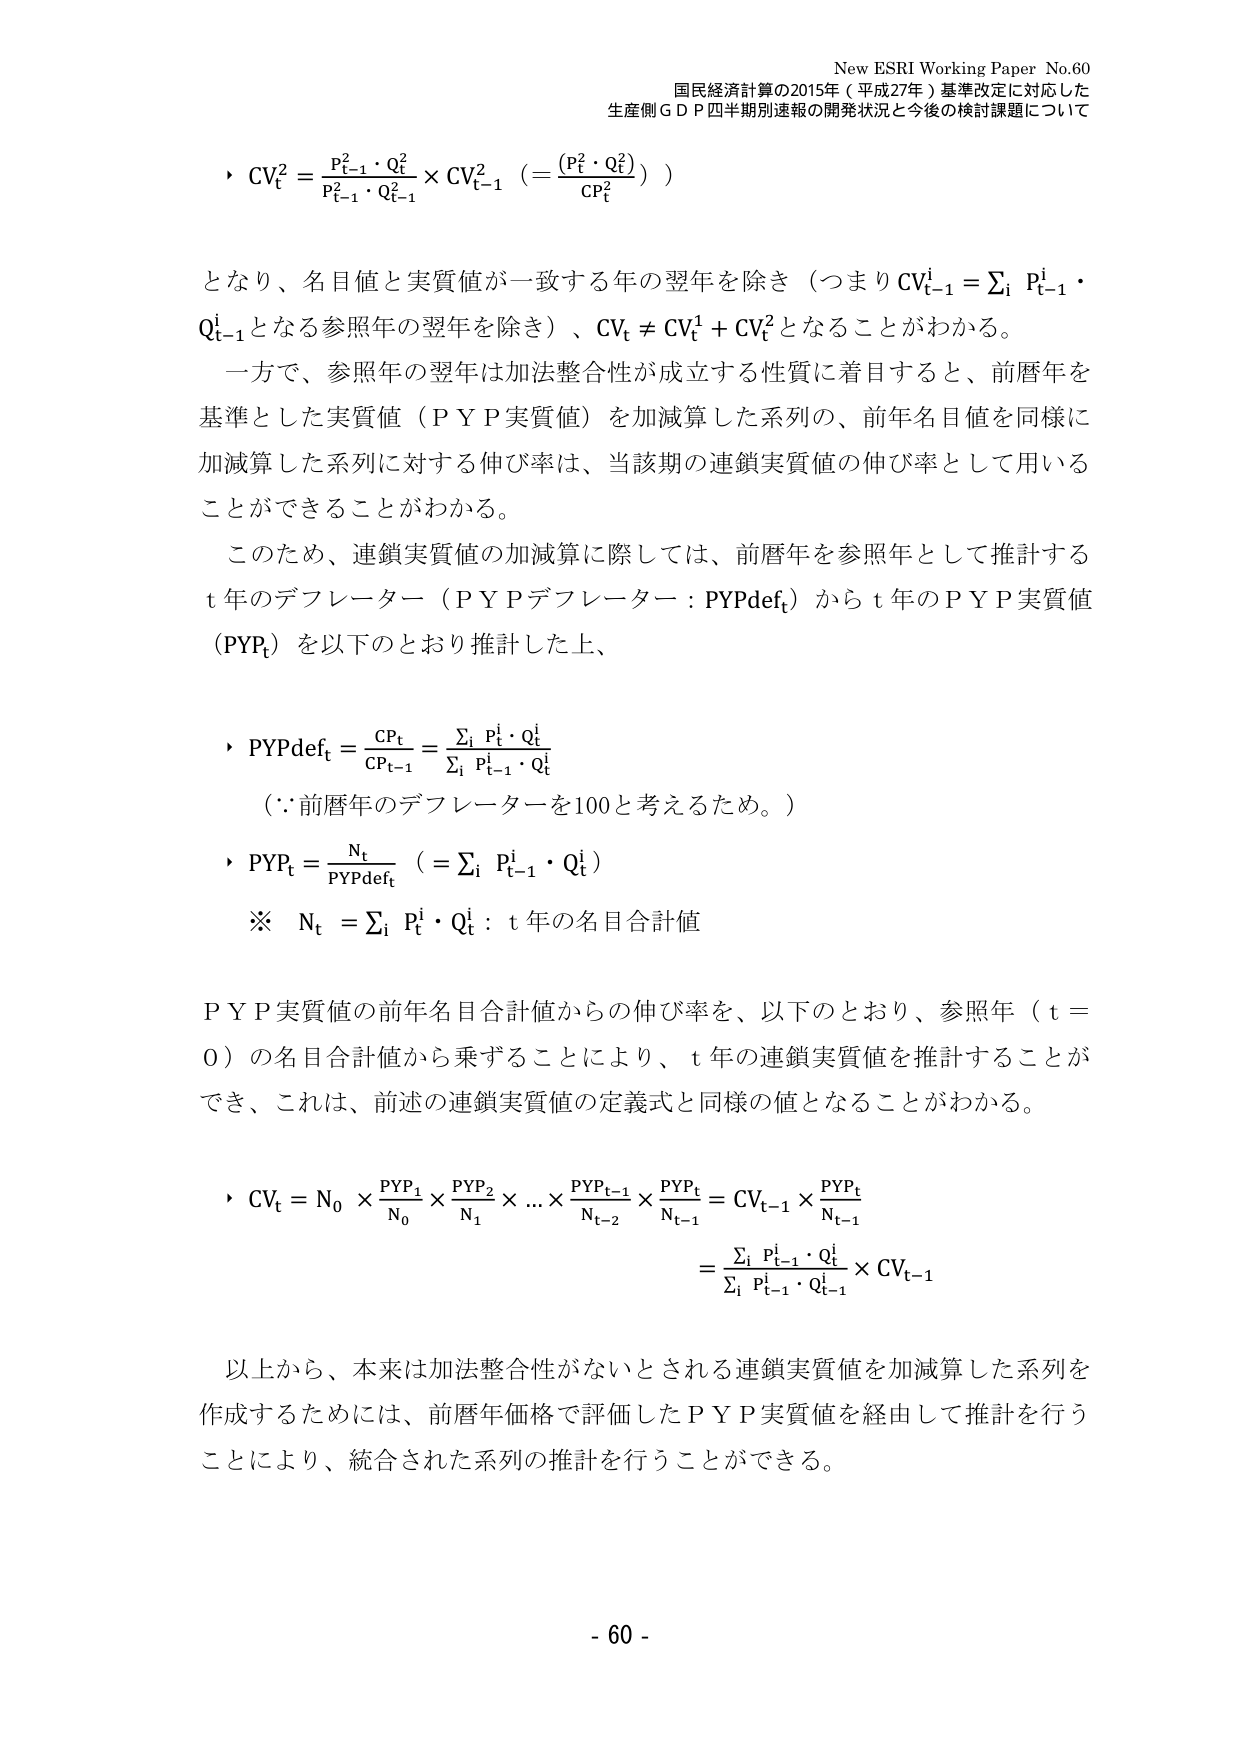
New ESRI Working Paper No.60
国民経済計算の2015年（平成27年）基準改定に対応した
生産側ＧＤＰ四半期別速報の開発状況と今後の検討課題について

・ CVₜ² = (Pₜ₋₁²・Qₜ²) / (Pₜ₋₁²・Qₜ₋₁²) × CVₜ₋₁² （= (Pₜ²・Qₜ²) / CPₜ² ）

となり、名目値と実質値が一致する年の翌年を除き（つまり CVₜ₋₁ⁱ = Σᵢ Pₜ₋₁ⁱ・Qₜ₋₁ⁱ となる参照年の翌年を除き）、CVₜ ≠ CVₜ¹ + CVₜ² となることがわかる。

一方で、参照年の翌年は加法整合性が成立する性質に着目すると、前暦年を基準とした実質値（ＰＹＰ実質値）を加減算した系列の、前年名目値を同様に加減算した系列に対する伸び率は、当該期の連鎖実質値の伸び率として用いることができることがわかる。

このため、連鎖実質値の加減算に際しては、前暦年を参照年として推計するｔ年のデフレーター（ＰＹＰデフレーター：PYPdefₜ）からｔ年のＰＹＰ実質値（PYPₜ）を以下のとおり推計した上、

・ PYPdefₜ = CPₜ / CPₜ₋₁ = Σᵢ Pₜⁱ・Qₜⁱ / Σᵢ Pₜ₋₁ⁱ・Qₜⁱ
（∵前暦年のデフレーターを100と考えるため。）

・ PYPₜ = Nₜ / PYPdefₜ （= Σᵢ Pₜ₋₁ⁱ・Qₜⁱ）
※ Nₜ = Σᵢ Pₜⁱ・Qₜⁱ：ｔ年の名目合計値

ＰＹＰ実質値の前年名目合計値からの伸び率を、以下のとおり、参照年（ｔ＝０）の名目合計値から乗ずることにより、ｔ年の連鎖実質値を推計することができ、これは、前述の連鎖実質値の定義式と同様の値となることがわかる。

・ CVₜ = N₀ × (PYP₁/N₀) × (PYP₂/N₁) ×... × (PYPₜ₋₁/Nₜ₋₂) × (PYPₜ/Nₜ₋₁)
= CVₜ₋₁ × (PYPₜ/Nₜ₋₁)
= [Σᵢ Pₜ₋₁ⁱ・Qₜⁱ / Σᵢ Pₜ₋₁ⁱ・Qₜ₋₁ⁱ] × CVₜ₋₁

以上から、本来は加法整合性がないとされる連鎖実質値を加減算した系列を作成するためには、前暦年価格で評価したＰＹＰ実質値を経由して推計を行うことにより、統合された系列の推計を行うことができる。

- 60 -